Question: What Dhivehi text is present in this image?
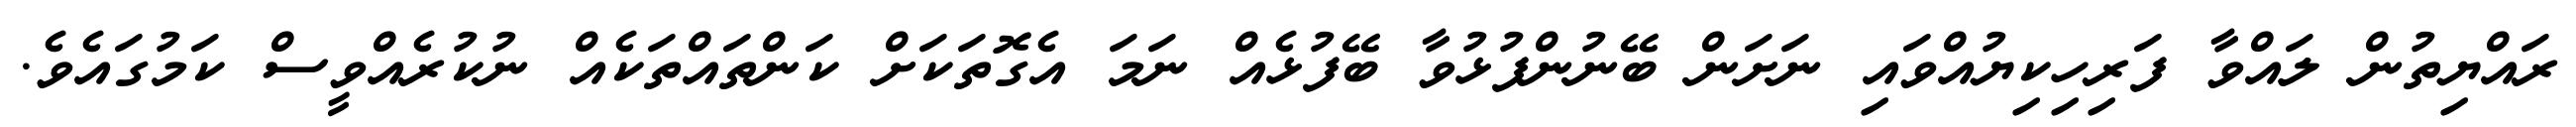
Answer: ރައްޔިތުން ލައްވާ ފަރިހިކިޔުއްވައި ނަށަން ބޭނުންފުޅުވާ ބޭފުޅެއް ނަމަ އެގޮތަކަށް ކަންތައްތަކެއް ނުކުރެއްވީސް ކަމުގައެވެ.